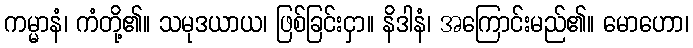
ကမ္မာနံ၊ ကံတို့၏။ သမုဒယာယ၊ ဖြစ်ခြင်းငှာ။ နိဒါနံ၊ အကြောင်းမည်၏။ မောဟော၊